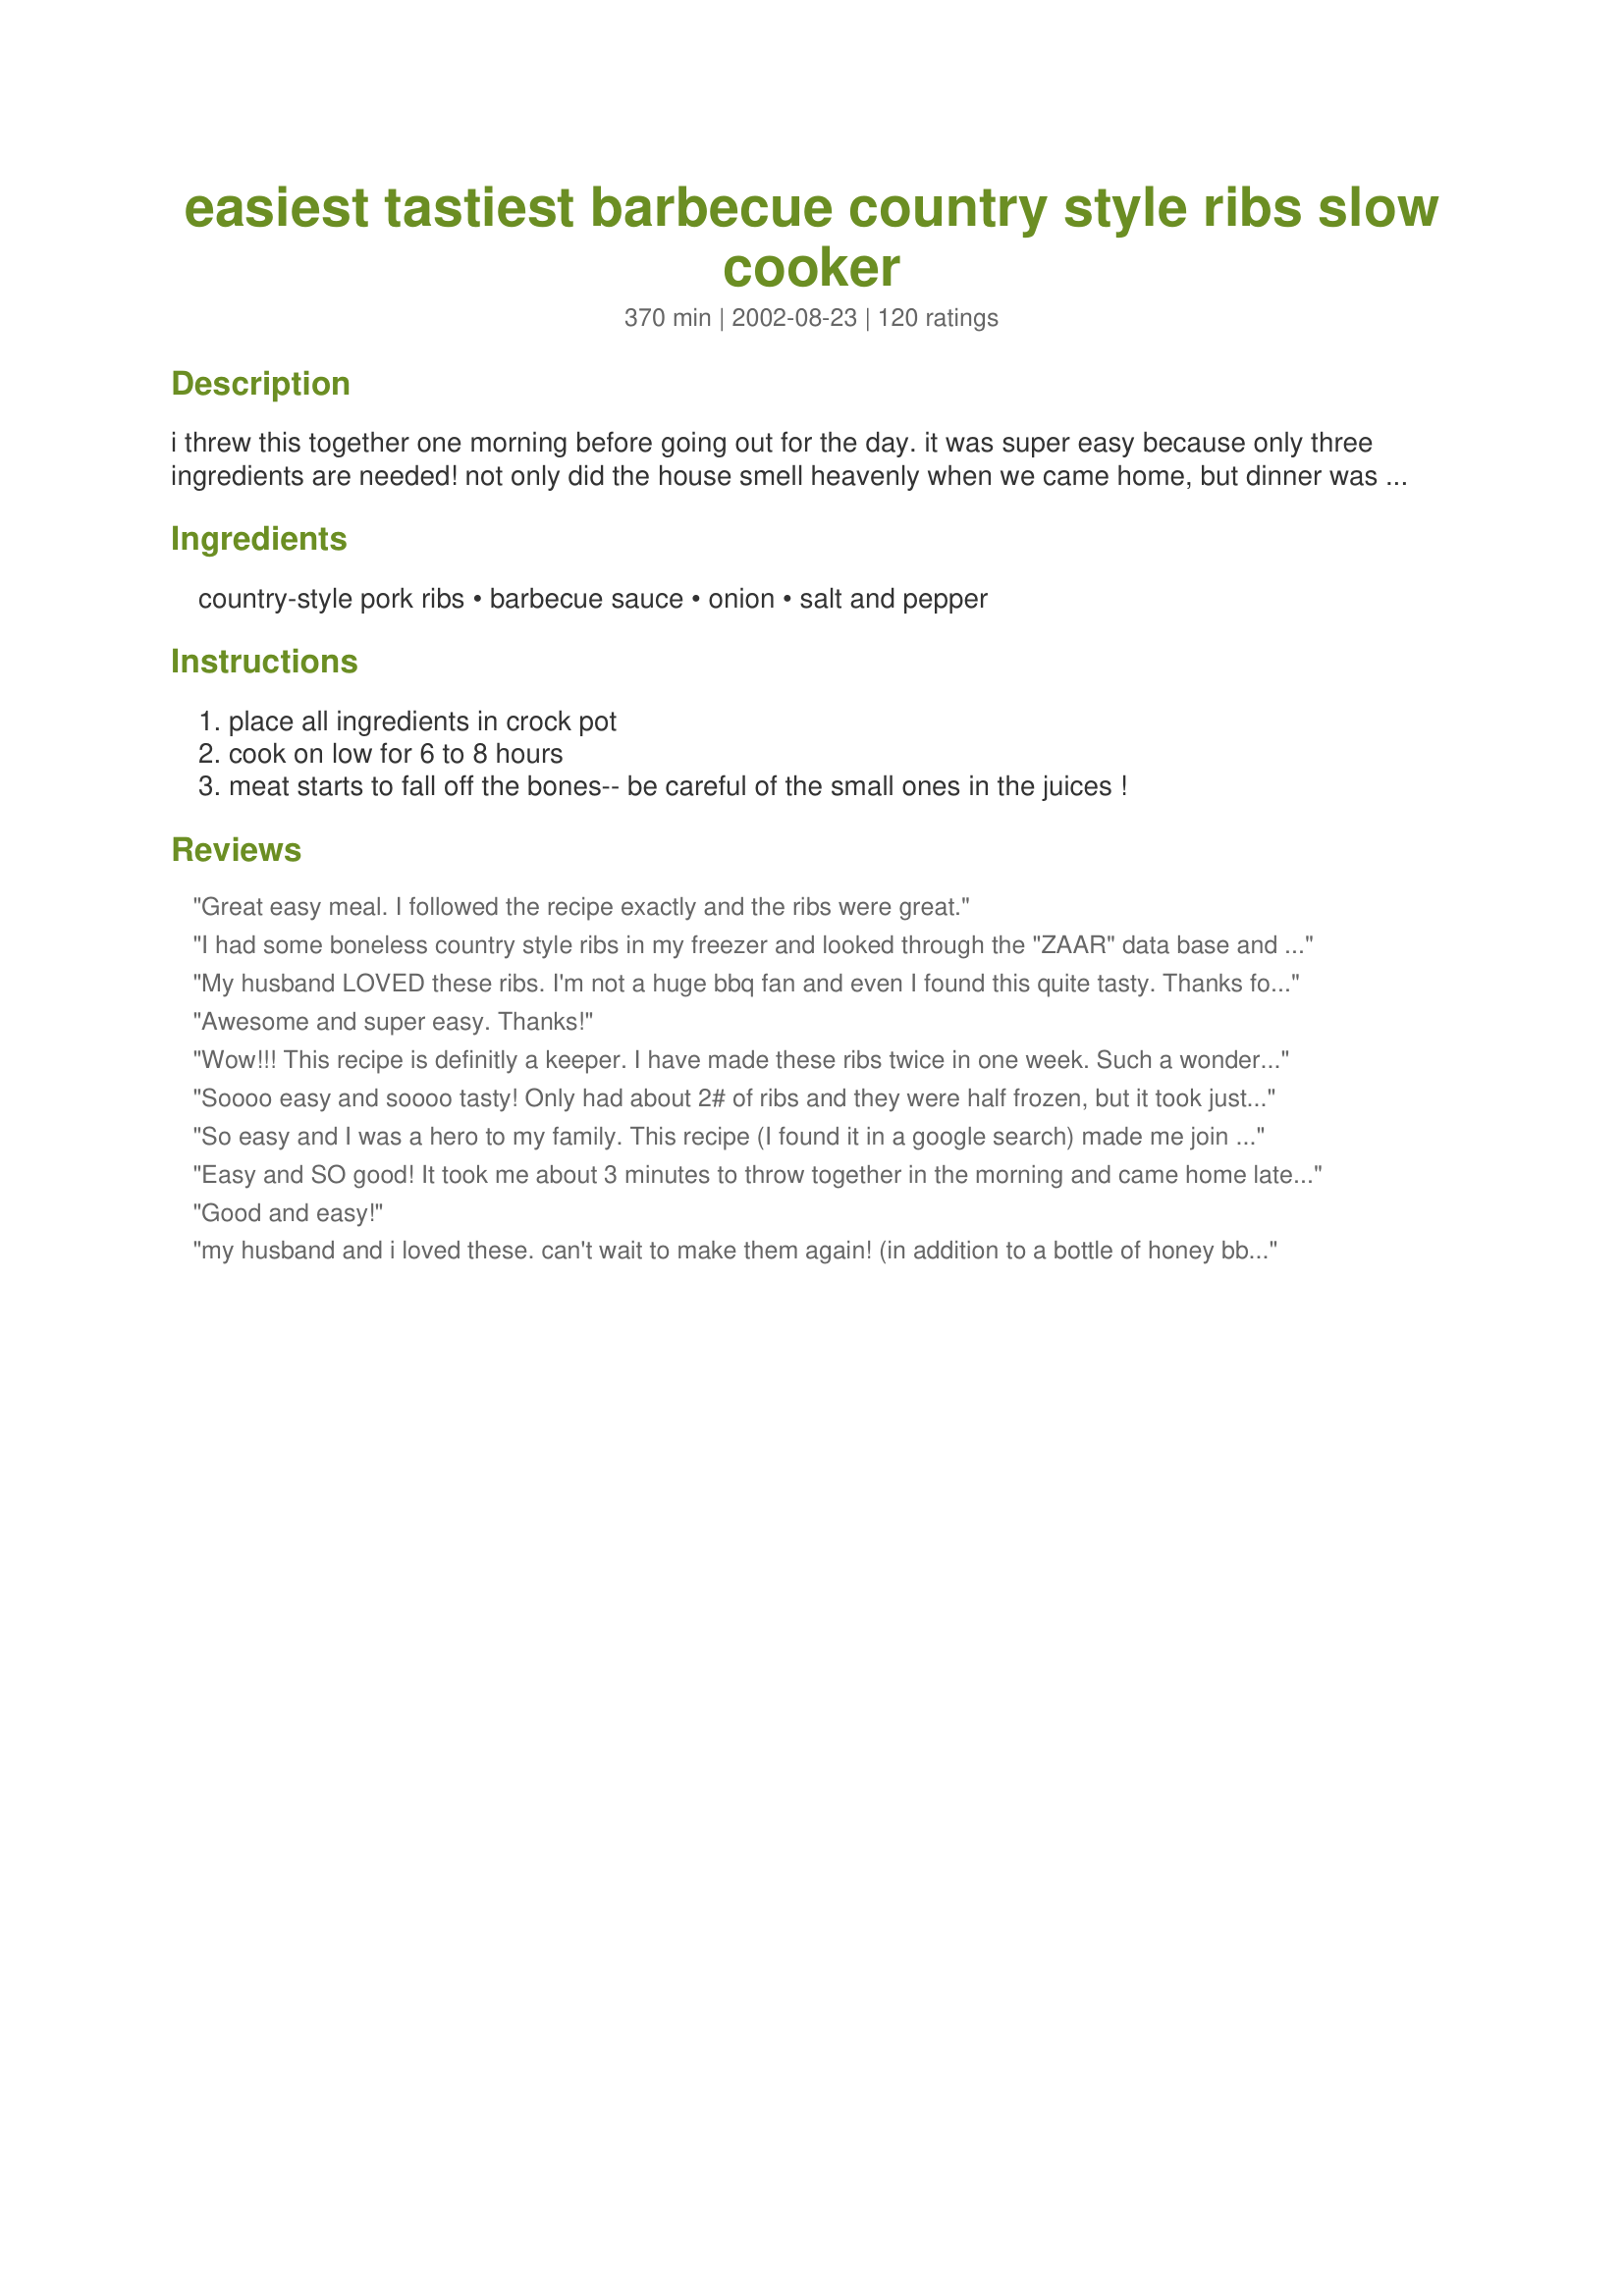
easiest tastiest barbecue country style ribs slow cooker
Preparation time: 370 minutes

i threw this together one morning before going out for the day. it was super easy because only three ingredients are needed! not only did the house smell heavenly when we came home, but dinner was ready and it was awesome!

Ingredients:
country-style pork ribs, barbecue sauce, onion, salt and pepper

Steps:
place all ingredients in crock pot, cook on low for 6 to 8 hours, meat starts to fall off the bones-- be careful of the small ones in the juices !

Reviews:
Great easy meal.
I followed the recipe exactly and the ribs were great.
I had some boneless country style ribs in my freezer and looked through the "ZAAR" data base and came across this recipe, and decided to try it. And let me tell you, I'm so glad I did. I've cooked ribs before in the crockpot,but never with onions,and that's what might have made a difference.And in my crockpot it took about six hours to cook them to perfection.The ribs were moist and tender,and will be made again.Thank you for posting,and "Keep Smiling :)"
My husband LOVED these ribs. I'm not a huge bbq fan and even I found this quite tasty. Thanks for an easy and delicous recipe.
Awesome and super easy. Thanks!
Wow!!! This recipe is definitly a keeper. I have made these ribs twice in one week. Such a wonderful flavor. Thank you so much for posting.

Soooo easy and soooo tasty! Only had about 2# of ribs and they were half frozen, but it took just 3 hours in the crockpot on high to produce moist, falling-apart ribs! Wonderful recipe!
So easy and I was a hero to my family. This recipe (I found it in a google search) made me join this forum just so I could say THANKS!
Easy and SO good! It took me about 3 minutes to throw together in the morning and came home later to a lovely aroma and very tender ribs. I used a raspberry barbecue sauce and it was great. Thanks Karen, SO GOOD!
Good and easy!
my husband and i loved these. can't wait to make them again! (in addition to a bottle of honey bbq sauce i added some liquid smoke.)
This is how I've done ribs for years. Always fall off the bone.
Works with a pork roast too for pulled pork sandwiches. Cole slaw, biscuts and corn complete the meal.
Love them!!! Every single person in my family loves these ribs. I use the boneless country style ribs just cause my picky daughter doesn't like the bones. I cook them on low for most of the day, depending on how many ribs I made. Thanks for sharing!!!
Mine did not turn out so well. Should have checked on them sooner but was out and about. At the 7 /7.5 hour mark, on the low setting, they were falling off the bone all right- as in falling completely apart before making it to the plate. Should have read the other reviewers first who said they used this for sandwiches. I was hoping for tender but still a bit of firmness. Also did not like that due to the fat liquifying and mixing with the bbq sauce, the sauce became a runny, greasy broth. Seems like a waste of good bbq sauce. Next time I will dry rub some seasoning on them, cook them sauceless for the first 4 hours or so, drain the fat, then add bbq sauce for finishing. Maybe even finish in the broiler for that carmelized sauce effect. Hopefully what I have here tonight will be salvagable as bbq sandwiches...
Had some country ribs in the freezer that we needed to use, and this was perfect! Super easy of course since there are only 3 ingredients. Used a savory smokehouse BBQ sauce (we don't like the sweet sauces) and it was done at about 6 1/2 hours. Perfectly tender, falling off the bone and moist. Perfect, easy ribs. Don't use all the sauce in the crockpot (it gets watered down), save some for dipping!
Just wondering...I'm using boneless country style spare ribs...thinking of shredding or chunking and maybe tossing withsome black beans...anyone done this before? Thoughts...By the way, have to add stars before I can post...it hasn't turned out yet, but I know it will be a keeper to expand on.
This is a great recipe, quick and easy. The taste of these ribs were just fantastic, succulent and falling off the bone tender.
DH raved about them and went back for a second helping.
Thanks Karen for posting this easy way to make BBQ ribs.
I have never not had water or broth in my slow cooker so when I did this I was very nervous that it would burn. Nope! You talk about your house smelling - wow! All you could smell was bar be que sauce. Unbelievable - we thoroughly enjoyed that meal. Planning on making it again today with another variation of sauce. My mouth is watering now!
I made this the other night and, due to the size of my crockpot, I didn't think that there was enough liquid so I added water. The ribs were delicious and fall apart tender, but the sauce was so watery it didn't stick to the ribs at all. Next time I will follow the recipe to the tee and see how they come out.
This is my favorite slow cooker recipe. Easy and delicious. I think it would work well with chicken too.
Do I hear 15 stars? I thought I was in Heaven for a little while.
I've been making ribs this way for a couple years now and we think they're better than when cooked in the oven and it's by FAR easier! Gotta love the crock pot!
Soooooooo Tender!!!
Wonderful ribs!! I brined boneless country style ribs in 1T salt to a gallon of water overnite. Put in crockpot for 6 hours on high with Baby Ray's bbq sauce. Taste great!!
i have a recipe for ribs cooked in overn can i use it to cook them in slow cooker
I love ribs, and these were some pretty darned good ones! They were fall off the bone tender. It doesn't get much easier than this recipe, either. I will be making these A LOT! Thanks for posting such a great recipe!
These were great. I cooked a pot of pinto beans and buttered potatoes to go with them and my b/f ate so much he literally made himself sick. I didn't use onions.
Good and easy to make. I cooked mine on high for five hours and they were perfect. I did add more sauce after I took them out of the crockpot. We all enjoyed these.
YUMMY the turned out awesome and so very easy!! thanks for the wonderful recipe, definately the way to make these over and over again. And the wonderful smell all day while cooking!!!
I always cook mine on high 2 hrs, then low 2 hrs, then drain them, add bbq sauce and cook on low an additional 2 hrs.
Absolutely delicious and very easy - a great recipe!!
My favorite thing to make because its so easy and tastes sooooo good.
Delicious! This meal fed my family of four (two teens, a tween, and me) for two days. We ate the ribs the first night and used the leftovers to make BBQ sandwiches the second night. Not bad for about $12 worth of ingredients!
Good, tasty ,easy recipe. I only use the ''country -style" ribs for this recipe. Carol in TBay
Very easy and tasty!
I like something tasty. I like something easy. To find something both tasty and easy is like finding treasure! Great recipe, thank you.
This is awesome! I made them today, using boneless country style ribs and Jack Daniel's Honey Smokehouse sauce. After about 5 hours, they were fall-apart tender! I usually don't care for country ribs (too fatty), but prepared this way it is really easy to separate the gristle from the meat! This has permanently replaced my old country ribs recipe. Thanks!
They turned out amazing. Both of my kids ate it up. One of which is very picky.
The ribs turned out absolutly amazing! Very very tasty and super tender!<br/>I will definatly be making these more often!<br/>Thanks for sharing this great and easy recipe! :)
SOOOOO incredibly yummy!! Skip the recipes with 15 ingredients - this one is all you need! I added worshisture (sp??) sauce for a little extra kick but wow, great recipe and super easy/fast.
Follow the recipe to great ribs!!!!
Very good, very easy - I used boneless ribs so I didn't even have to worry about the bones getting in my way!
Thsi was just what I was looking for! I must have a 'cooler' crock pot - mine took 6 hrs on low, plus 2 on high. Thanks for posting!
Absolutely, positively DEE-licious! A keeper and so easy. I used a raspberry chipotle sauce and created the best ribs ever!
These ribs had awesome flavor! However, mine came out a little tough. Perhaps it was the meat. Overall an easy and tasty recipe. I will try them again soon. My only gripe would be that the fat from the meat made the sauce very runny. Definitely a good idea to save some for dipping.
Foolproof BBQ ribs! Ridiculously easy and inexpensive, and people love 'em. I just served a batch with homemade mashed potatoes, which made for a nice side. I use boneless country-style ribs and I find that cooking for longer on the low setting (as the recipe directs) yields a slightly better result than cooking for a shorter time on high.
Great recipe.
A recipe can't get much tastier or easier than this one! Thanks for sharing.
Great recipe! It couldn't get any easier. I used Sweet Baby' Ray's Original BBQ sauce.
There is nothing worse than tough ribs. I have tried to cook them in the past that resulted in good tasting ribs that definitely did not fall off the bone. Some of the methods are quite involved with lots of preparation. I had no idea that restaurant quality ribs could be made so simply and effortlessly. We had a New Years day party with over 20 of our friends and neighbors. We enlisted crock pots from all over the neighborhood and cooked 12 racks. One of our neighbors remarked that these were the best ribs she ever had! She emphasized the point by saying she had been to Kansas City and Memphis but these were the best. Pretty heady stuff. This is the easiest, best way to cook ribs you will ever know.
My husband and I took the kids to my in-laws cabin for the weekend. I put all the ingredients in the crockpot at noon. We went hiking the rest of the day and when we returned, the smell just about knocked us out. The meat was very tender and I cooked for 6 hours. We had plenty of bbq sauce for dipping. Couldn't ask for anything easier or more delicious. Thanks Karen.
MMMMMMMMM! We walked in the house after coming home from church and our 7-yr-old daughter, says, "It smells so good in here!" Then she says, "Mom you're the best cook!" All these compliments before taking a bite! I took the meat off the bone, actually it fell off, and made pork BBQ sandwiches. I only used about half the meat, about 2 lbs...but still the same amount of sauce. (I think if I had used all the meat called for I would probably increase the sauce ingredients so we would have extra!)I was also in a bit of a rush, so I cooked the ribs on high for 4-5 hours and the meat fell off the bone! What a wonderful recipe for an autumn Sunday afternoon and I'll definitely make these again...easy and so delicious! Thanks for such a finger-lickin' good recipe for any day!
I also put cut up potatoes and veggies and serve it over rice or noodles. Very yummy. Whole meal in one good on extremely hot days when you don't want to turn on the oven.
This is the first time I have ever made ribs and they were absolutely fantastic! So tender and fell right off the bone! DH ate seconds and thirds! Served with Recipe #102305 and Recipe #42564
This recipe is WONDERFUL!! Thank you so much for sharing. My family loved it! It was so simple too. I used about 4.5 lbs of meat and 1 1/2 bottles of Kraft brown sugar bbq sauce. I also used about half of a reg. sized onion since we're not really onion lovers. I would definitely recommend this recipe. It's the best bbq I've had in a long time! I started the crockpot on low for an hr & 1/2 then turned it up to high for another 3 hrs. The meat was sooooo tender! Thanks again!
boyfriend loved it. thank you
This is really good but my sauce was runny.
Outstanding easy dish to prepare! We really enjoyed this. I did use about 3 different barbecue sauces because that is what I had on hand. (and I was able to clean out the frig!!!) It came out very tasty and tender. I made it with recipe #103247 in other crock pot. I will be making this again. Thanks for posting Karen=^..^=.
This is so simple and delicious. Thanks!
I didn't have 6-8 hours and needed to cook it on high, so I microwaved the ribs first for about 11 minutes and then put them in the crockpot for about 4 hours. I did everything else as listed and the recipe is simple, but delicious.
Yummy! I used a hickory smoke flavored barbecue sauce and cooked these for about 7 hours. They were so tender they were falling apart just trying to get them out of the crockpot. Thanks Karen for sharing this simple and delicious recipe. Made for Cookbook Tag.
These were so friggen good....words cant explain it. Simple and deliscious!
Awesome Recipe, My daughter and her husband loved it,
This was very easy and delicious. I have put too much meat in my 6Q crock pot so the top layer of ribs was OK but the stuff underneath was to die for!
Wow! These ribs are awesome! So easy, so moist, so tasty. This recipe will be made at our house over and over again.
This really deserves more than five stars. I don't normally like ribs, but these were good. My husband loved them! The meat was so tender! I added a little extra sauce, but probably didn't need to. This is a easy way to make wonderful ribs.
I can't believe I've made this so many times and never gave it a review. It is fall-off-the-bone delicious! It doesn't get easier than this. Sometimes I don't put in an onion and just the ribs and bbq sauce and it's just as good. I just made it again this morning and forgot I even made it until I walked in the house after a day of running errands and was welcomed to the most wonderful smell! I like to use Sweet Baby Ray's Honey BBQ sauce. Great SIMPLE recipe, thank you for posting it!
Very simple yet very tasty. The only changes I made were to add some chopped garlic and garlic salt (can you tell I'm a garlic fiend?). As I used boneless country-style ribs, they only took about 5 hours to cook and they were extremely tender. I chopped 'em up and had bbq pork sandwiches. The meat was great leftover as well. Thanks for this simple but really wonderful recipe!!!
I used Finger Lickin Good BBQ Sauce # 19023. It was yummy.
This was so good that we made a batch for daughter's family while they were off to school and work. They loved it too. I trimmed off what fat was easy to remove and used Sweet Baby Rays BBQ sauce, not quite the whole bottle. I think trimming helps reduce the liquid that would otherwise make it too soupy.
Coincidentally, I put exactly these ingredients in my Crock Pot before searching recipes for ideas. Onion on the bottom, topped with the ribs and barbecue sauce. I started mid-afternoon so it was about four hours on High. The ribs were moderately tender though not quite 'fall off the bone'. Next time I will pick a morning where I have time to load the Crock Pot before going in to work.
I made these exactly as the recipe stated using Jack Daniel&#039;s Hickory Brown Sugar barbecue sauce and they were awesome! The recipe is easy to follow and made plenty of sauce, as a matter of fact, I made mashed potatoes with it and we used the extra sauce as gravy on the potatoes, heavenly. I will definitely make this again, as a matter of fact I am making them for supper tonight. Thank you very much for the recipe, Karen.
Yes, fell off the bone and they were tasty, but slow cookers tend to do that. Next time I may drain half the fat out halfway through cooking time before adding sauce because after 6.5hrs, they were perfectly cooked, but there was zero sauce left, only barbecue-flavored fatty juice that I didn't feel like thickening up.. Or maybe I'll take another reviewer's suggestion to sauce and broil afterwards... 10 on the easy scale!
Sooo delicious! I made it with a spicey bbq sauce plus added some canned chipotles for extra spice. It was incredibly easy and the ribs came out so tender. Update** I cooked ribs without the bbq sauce for 6 hours, poured out the liquid and added bbq sauce. Came out much thicker and better!!
These were so easy and my husband loved these. He brought the leftovers to work to show off my cooking skills! Thanks for helping me look so good.
Yummy.....I loved how easy this is. We served this with mashed potatoes and corn. Thank you for sharing this recipe with us.
exceptionally tender and tasty.The only way to have ribs!It melts in your mouth.
Loved these ribs! So easy, and really tasty. Thanks!
We didn't have ribs on hand, so we threw in a cross-rib roast and it was terrific. The leftovers were perfect for a pulled-beef BBQ sandwich. We also tossed in some garlic just for fun. Great recipe--tasty and super-easy.
These ribs were sooooo good, normally I have a problem "digesting" anything pork, but for some reason, these ribs didn't bother my "tummy" at all, and the taste was heavenly, I've made them one of the regulars on my meal planning.
You can't get any easier than this one! I used my own barbecue sauce and just loved it! Thanks for the posting!
DH and I loved it. Meat turned out tender and fell off the bone. I used beef bones instead of pork and omitted the onions. I never knew slow cooking ribs could turn out so great! Thanks!
I've made these several times now and they are SOOO easy and extra yummy! Thanks!
These ribs were fantastic. I needed an easy, no-fuss dinner idea because we were going to be gone all day. I put the ribs in the crock-pot in the morning and we came home to a heavenly aroma. The meat was fall-of-the-bone tender and the sauce was the best. Thanks, Karen. This recipe made my life easier.
I will make them again . Very good
These were a big success with our family...easy to make and very tender...this is a keeper...thanx for sharing.
Great, easy recipe. I used more BBQ sauce to dip the meat in since the sauce didn't stay on the meat well. Mine was done in about 7 hours. Thanks for sharing this!
Sorry, this was just okay.
Super tender ribs! The meat fell apart, and had great flavor. We prefer ribs on the grill, but we dont always have time. This hit the spot when I was short on time because of work and sports, and and was craving ribs.
I'm making this recipe right now. They have been in the crock for 4 1/2 hours and the house smells sooo good. My soon to be hubbie will be coming home in a little bit here and he's going to be so excited to eat. I've already sampled the meat, (its done now, just waiting on him lol) and its great!! I'll probably add some bbq sauce when I put it on the plate, we love bbq sauce, but its great without the extra. I bought the boneless ribs and when I touched them with the fork the meat was falling into the juices! I cannot wait for him to get home so we can EAT!! Thanks for posting!!
Made these for dinner last night and they were good. They were very easy and smelled great while cooking. Although, we liked it everyone here said they would prefer to have them on the grill. A good recipe for winter time when the craving for ribs comes.
I have pork side ribs and they are frozen? Should I thaw them first?
I simply love using my crockpot for country style ribs. I brown the ribs in a skillet before adding them to the crockpot and it gives them wonderful color. I make extra and cook them ahead of time so I can take a rib or two out and shred it to put into my baked beans. Yummy!
Ditto, what everyone else said. Good and easy. Six hours was enough time in my crock. Thanks for this easy keeper.
I'd never made country style ribs before. This was perfectly easy and better than expected. I made #123306 Barbecue Sauce, since I do not keep BBQ sauce on hand. I did sear the meat and onions because I had time on my hands. Overall one of my better crockpot meals.
This recipe is so simple and amazingly good. I was skeptical that the ribs wouldn&#039;t need more prepping to be fork tender, but they were awesome. If I ever hear any women tell me they have no time to cook or just can&#039;t I will give them this recipe. Thank you for sharing.
Super easy and delicious! I started these ribs at 7 AM before work and let them cook on low until I got home, at about 5:30 PM. The only think I did differently was to add 3 fresh jalapenos (sliced). I used Stubb's Spicy BBQ Sauce, as it's my family's favorite. I will definitely make again. Thanks Karen!
This was great and just as easy as you said. I used boneless country style ribs. We had BBQ sandwichs. This is a easy keeper and will do over and over again. Have a nice day.
Fantastic! Easy and inexpensive! Followed the original recipe with a few additions. I used a bit of dill pickle juice and BBQ sauce to marinade over night while they defrosted. The pickle juice helps break down the fat, adds a slight twang, and preserves the flavor of the pork. I also broiled them about 4 minutes to seal the BBQ sauce thus thickening the sauce and giving it that delightful crisp outer edges similar to what I&#039;d get on a Grill. Only added about 10 minutes prep time....5 min pre cooking and 4-5 post crockpot time!
Can&#039;t wait to try multiple variations. Thanks for the recipe!
Okay, nothing special to me. I used Sweet Baby Ray's sauce and a half of an onion. The ribs feel apart, but the flavor was just okay. I might make again, trimming all the fat off first, and beefing up the flavor. Thanks!
Yummy, Delicious, so easy to make. Used boneless country style-ribs, Tony Romas BBQ sauce, added a couple cloves of garlic. Added a litle salt after tasting before serving. I cooked them about 5 hours on low. I must say these are finger-licken good ribs and I will be making them again, great crock-pot recipe for ribs. Thanks Karen.
I tried this recipe and the ribs were ok, but I would probably not add any onion as I found the onion to be a little overwhelming. The ribs were boneless country style ribs and I cooked them for about 6 hours. They came out very tender, but all I could taste was BBQ sauce and onions and not much else. The pork had lost it's flavour as the other ingredients were very aromatic rendering the pork tasteless. Some people may love this recipe but I would prefer to do my BBQ on the grill.
Great recipe! Instead of country style ribs I cooked several racks of baby back ribs in my crock pot on low heat after first browning them on the grille. Six to 7 hours later I was crowned Rib-King by my family. I serve the ribs with BBQ sauce on the side. Its great to be King! Thanks!
Amazing! And so easy! Best rib recipe ever!!!!
Do add water to the country style rib recipe?
For some reason, mine didn't come out tender at all!!! Swimming in watery sauce and no where near &quot;falling of the bone &quot;. I cooked on low for 6 his. Gonna drain a little juice and cook a while longer and see what happens. I'm actually really surprised! Will update in a little while.
Absolutely amazing! Followed the directions exactly and it was wonderfuly simple! A new family favorite.
These were considered the best ribs my family has ever had by all members. Thanks for the outstanding and easy recipe. I cooked about 5 hours at first and tried them, the taste was excellent then, but about 2 hours later the meat just fell off the bones. A suggestion to those of you who like grilling and extra BBQ sauce, try taking them out of the crock pot after a few hours and grilling them for 5 minutes and basting some more BBQ sauce on them. Just a suggestion! =)
Thanks Karen!
Easy Easy Easy!!!! I added some garlic and another onion....Awesome! and did I mention easy?
Super easy and good. I dont have a fav bbq sauce. But will try different ones to find the perfect sauce!
This was the easiest thing in the world to make, I set it up in the morning andit was ready when we got home from school/work. My housband and picky child devoured it!
These were FALL OFF THE BONE TENDER! Incredible flavor (I used Sweet Baby Ray's Original BBQ sauce). I cooked them on high for 4 1/2 hours. What a super easy and delicious recipe. It made my house smell wonderful. Thank you for the recipe Karen, it's a forever keeper!
I used Sweet Baby Rays BBQ Sauce and the ribs came out awesome! Thanks for sharing Karen! Milt
Can't leave stars. I think it was WONDERFULLY simple to do. Unfortunately my *^$&%#$%#@ crockpot tend s to overcook (dry out) meat. It had plenty of liquid and I stopped it about 1.5hrs earlier then recommended. Had it on the low setting... Still didn't cook it right. I think I give up on using the *#%#$ crockpot to cook meat. Perhaps this would work just as well in a covered pan in the regular oven on a low setting for a few hours...
Another winner from the Karen Monahan Camp! Wow, these ribs are scrumptious. Oh so easy to throw together-another one of those great "fix and ignore" dishes a busy person loves! Most definitely a "Keeper"!
Thanks for sharing.
Laudee C.
This recipe is excellent, I'm making it again. This time I will add just a couple lemon slices to the top while it cooks in the crockpot. Wonderful with mashed potatoes or egg noodles. Also like Sweet Baby Ray's for the BB sauce.
If you leave them in to where the meat falls off the bone...shred and make pulled pork...with a little artisan bread you can have a great meal.
Wow! This is an excellent recipe. I love that I could put the ribs in the crock and let it do the cooking for me. I used the whole bottle of sauce with only about 2lbs of ribs, and this to me was the perfect combination, as I still had sauce left to dip in, and to pour over the ribs. The meat was so tender and fell right off the bone. Definitely will be using this whenever I make country style ribs. Superb results. Thank you for the recipe.
It was GRRREAT! But I used my imagination and added some frosted flakes to the top. It may sound gross but it gave the ribs a crunchy taste. GRRREAT addition to this fabulous recipe for the family! GRREAT RECIPE!

-One Plaeased Chef
We've made these four times this summer. If I have time, I put more sauce on them and broil briefly before serving. Yumm!
These produced a nice tender rib able to be shredded with a fork. It took much longer than 6 hr on low for me. At the 6 hour mark they were still very solid and would have taken a knife to cut. I turned them up to high for the next 3 hr. to get them fork tender. I then pulled them from the crock and removed the fat and shredded and returned to the crock to cook for another 1/2 hr on high to let the sauce get to all the meat. I plan to reduce the cooking liquid to pour over the meat for sandwiches. Overall, great easy flavorful way to do ribs. Tasty. Thank you Karen
